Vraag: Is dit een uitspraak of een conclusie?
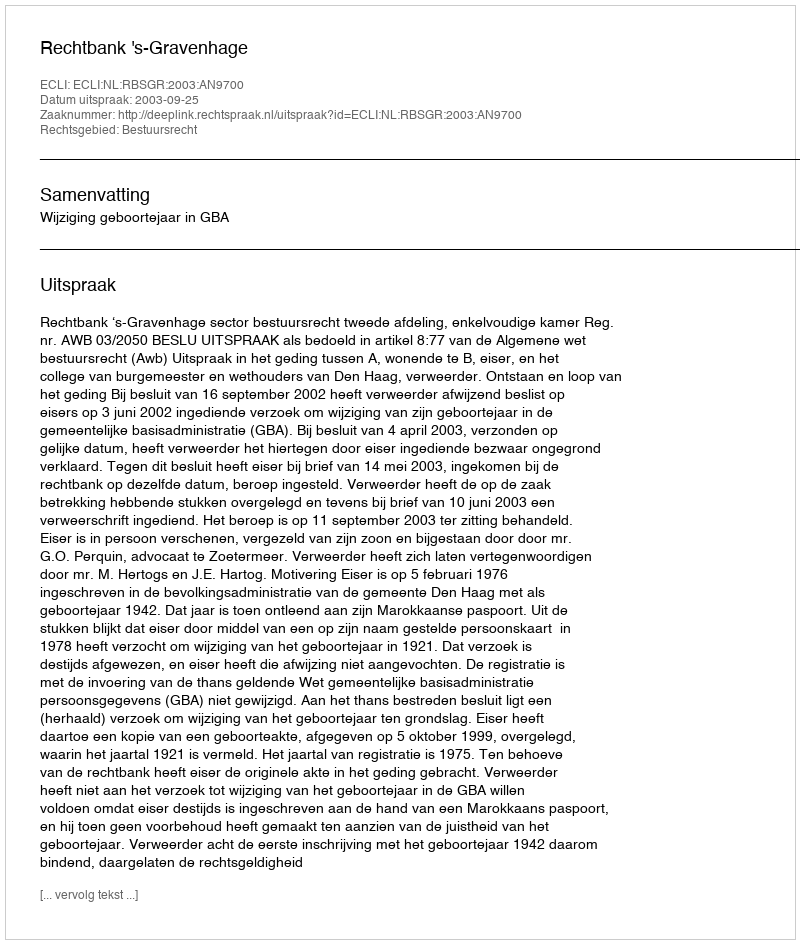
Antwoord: Uitspraak